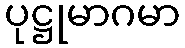
ပုဋ္ဌုမာဂမာ